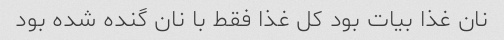
نان غذا بیات بود کل غذا فقط با نان گنده شده بود